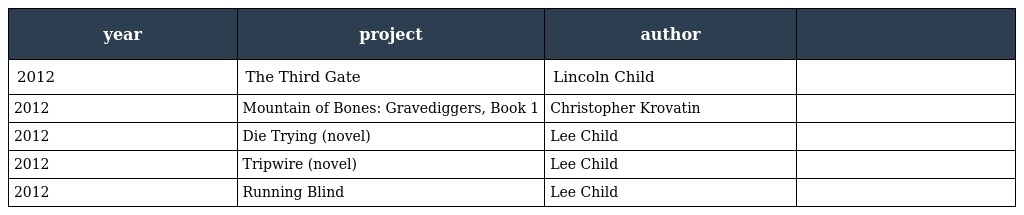
| year | project | author |  |
 | --- | --- | --- | --- |
 | 2012 | The Third Gate | Lincoln Child |  |
 | 2012 | Mountain of Bones: Gravediggers, Book 1 | Christopher Krovatin |  |
 | 2012 | Die Trying (novel) | Lee Child |  |
 | 2012 | Tripwire (novel) | Lee Child |  |
 | 2012 | Running Blind | Lee Child |  |